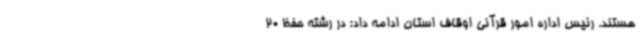
هستند. رئیس اداره امور قرآنی اوقاف استان ادامه داد: در رشته حفظ 20